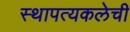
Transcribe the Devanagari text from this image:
स्थापत्यकलेची